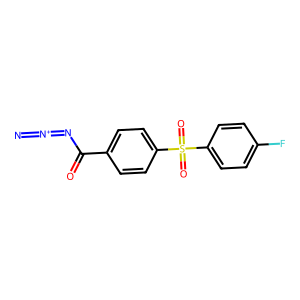
SMILES: [N-]=[N+]=NC(=O)c1ccc(S(=O)(=O)c2ccc(F)cc2)cc1
Inhibits HIV replication: No